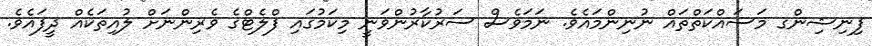
ފިނިޝިންގ މަސައްކަތްތައް ނުނިންމައެވެ. ނަމަވެސް ސަރުކާރުންވަނީ މިކަމުގައި ފްލެޓްގެ ވެރިންނަށް ލުއިތަކެއް ދީފައެވެ.